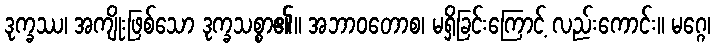
ဒုက္ခဿ၊ အကျိုးဖြစ်သော ဒုက္ခသစ္စာ၏။ အဘာဝတောစ၊ မရှိခြင်းကြောင့် လည်းကောင်း။ မဂ္ဂေ၊